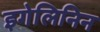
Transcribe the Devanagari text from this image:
इगेलिनिन